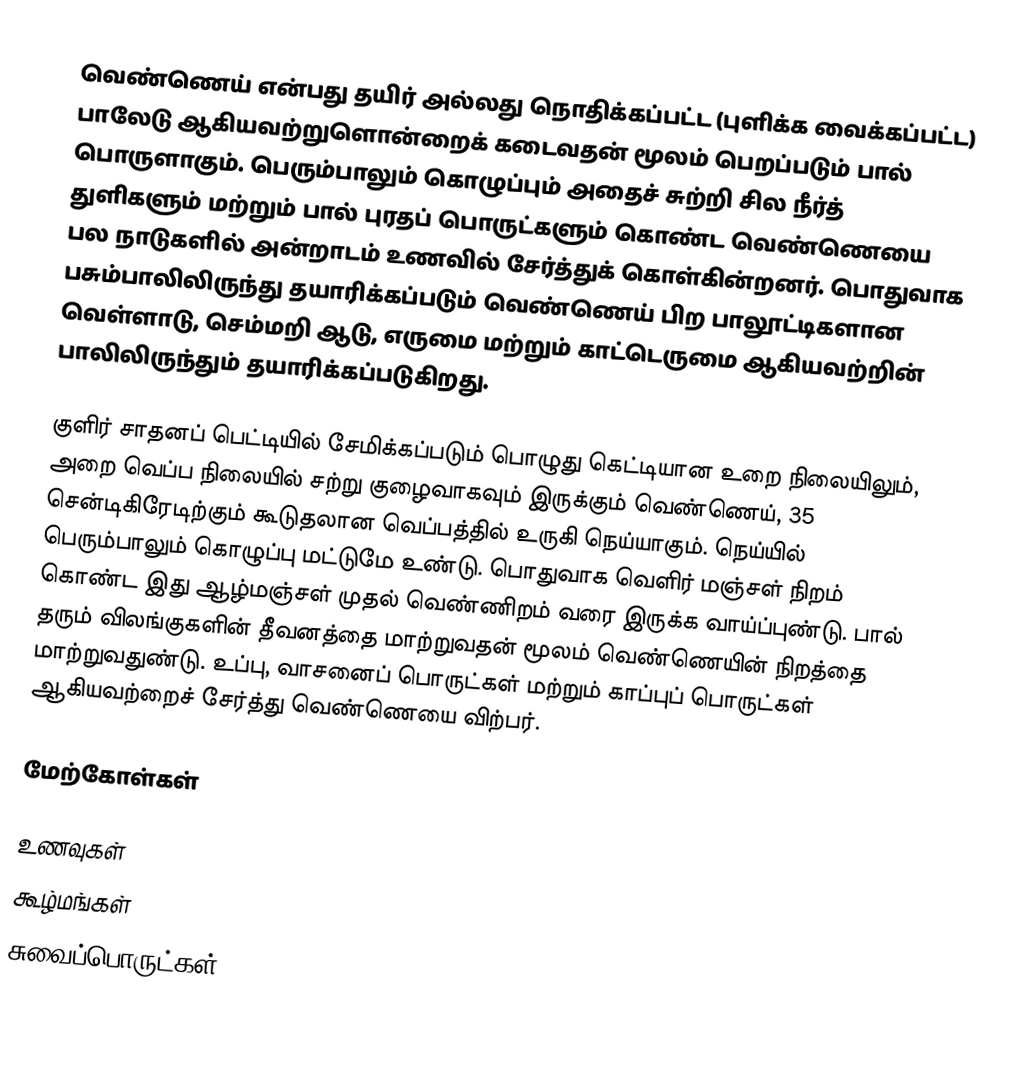
வெண்ணெய் என்பது தயிர் அல்லது நொதிக்கப்பட்ட (புளிக்க வைக்கப்பட்ட) பாலேடு ஆகியவற்றுளொன்றைக் கடைவதன் மூலம் பெறப்படும் பால் பொருளாகும். பெரும்பாலும் கொழுப்பும் அதைச் சுற்றி சில நீர்த் துளிகளும் மற்றும் பால் புரதப் பொருட்களும் கொண்ட வெண்ணெயை பல நாடுகளில் அன்றாடம் உணவில் சேர்த்துக் கொள்கின்றனர். பொதுவாக பசும்பாலிலிருந்து தயாரிக்கப்படும் வெண்ணெய் பிற பாலூட்டிகளான வெள்ளாடு, செம்மறி ஆடு, எருமை மற்றும் காட்டெருமை ஆகியவற்றின் பாலிலிருந்தும் தயாரிக்கப்படுகிறது.

குளிர் சாதனப் பெட்டியில் சேமிக்கப்படும் பொழுது கெட்டியான உறை நிலையிலும், அறை வெப்ப நிலையில் சற்று குழைவாகவும் இருக்கும் வெண்ணெய், 35 சென்டிகிரேடிற்கும் கூடுதலான வெப்பத்தில் உருகி நெய்யாகும். நெய்யில் பெரும்பாலும் கொழுப்பு மட்டுமே உண்டு. பொதுவாக வெளிர் மஞ்சள் நிறம் கொண்ட இது ஆழ்மஞ்சள் முதல் வெண்ணிறம் வரை இருக்க வாய்ப்புண்டு. பால் தரும் விலங்குகளின் தீவனத்தை மாற்றுவதன் மூலம் வெண்ணெயின் நிறத்தை மாற்றுவதுண்டு. உப்பு, வாசனைப் பொருட்கள் மற்றும் காப்புப் பொருட்கள் ஆகியவற்றைச் சேர்த்து வெண்ணெயை விற்பர்.

மேற்கோள்கள்

உணவுகள்
கூழ்மங்கள்
சுவைப்பொருட்கள்